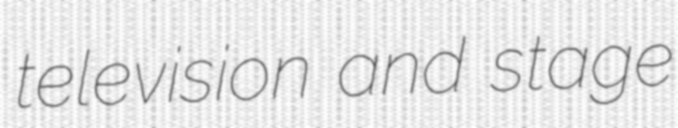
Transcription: television and stage